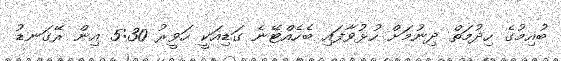
ބުއިމުގެ ހިދުމަތް ދިނުމަށް ހުޅުވާފައި ބެހެއްޓޭނެ ގަޑިއަކީ ހަވީރު 5:30 އިން ރޭގަނޑު